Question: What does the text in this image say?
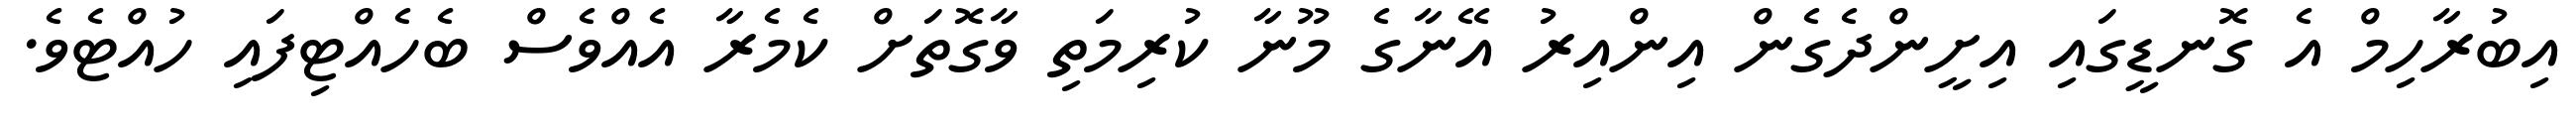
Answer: އިބުރާހިމް އެ ގޮނޑީގައި އިށީންދެގެން އިންއިރު އޭނާގެ މޫނާ ކުރިމަތި ވާގޮތަށް ކެމެރާ އެއްވެސް ބެހެއްޓިފައި ހުއްޓެވެ.